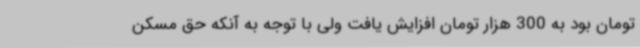
تومان بود به 300 هزار تومان افزایش یافت ولی با توجه به آنکه حق مسکن